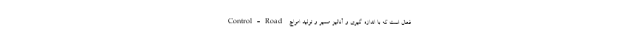
Control-Road فعال است که با اندازه گیری و آنالیز مسیر و تولید امواج